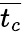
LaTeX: \overline{{t_{c}}}